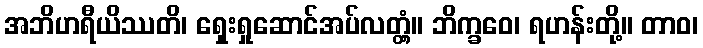
အဘိဟရီယိဿတိ၊ ရှေးရှုဆောင်အပ်လတ္တံ့။ ဘိက္ခဝေ၊ ရဟန်းတို့။ တာဝ၊